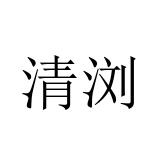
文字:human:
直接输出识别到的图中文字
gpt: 清浏